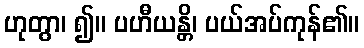
ဟုတွာ၊ ၍။ ပဟီယန္တိ၊ ပယ်အပ်ကုန်၏။